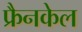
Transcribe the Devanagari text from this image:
फ्रैनकेल